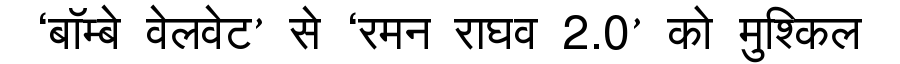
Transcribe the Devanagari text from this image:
‘बॉम्बे वेलवेट’ से ‘रमन राघव 2.0’ को मुश्किल